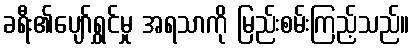
ခရီး၏ပျော်ရွှင်မှု အရသာကို မြည်းစမ်းကြည့်သည်။